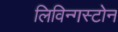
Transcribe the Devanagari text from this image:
लिविन्गस्टोन